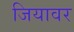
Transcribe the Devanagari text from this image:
जियावर